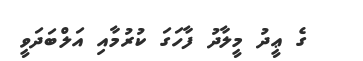
ގެ ޢީދު މީލާދު ފާހަގަ ކުރުމާއި އަލްބަދަވީ